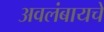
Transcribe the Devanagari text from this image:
अवलंबायचे